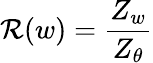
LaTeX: \mathcal{R}(w)=\frac{{Z_{w}}}{{Z_{\theta}}}